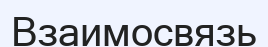
Взаимосвязь